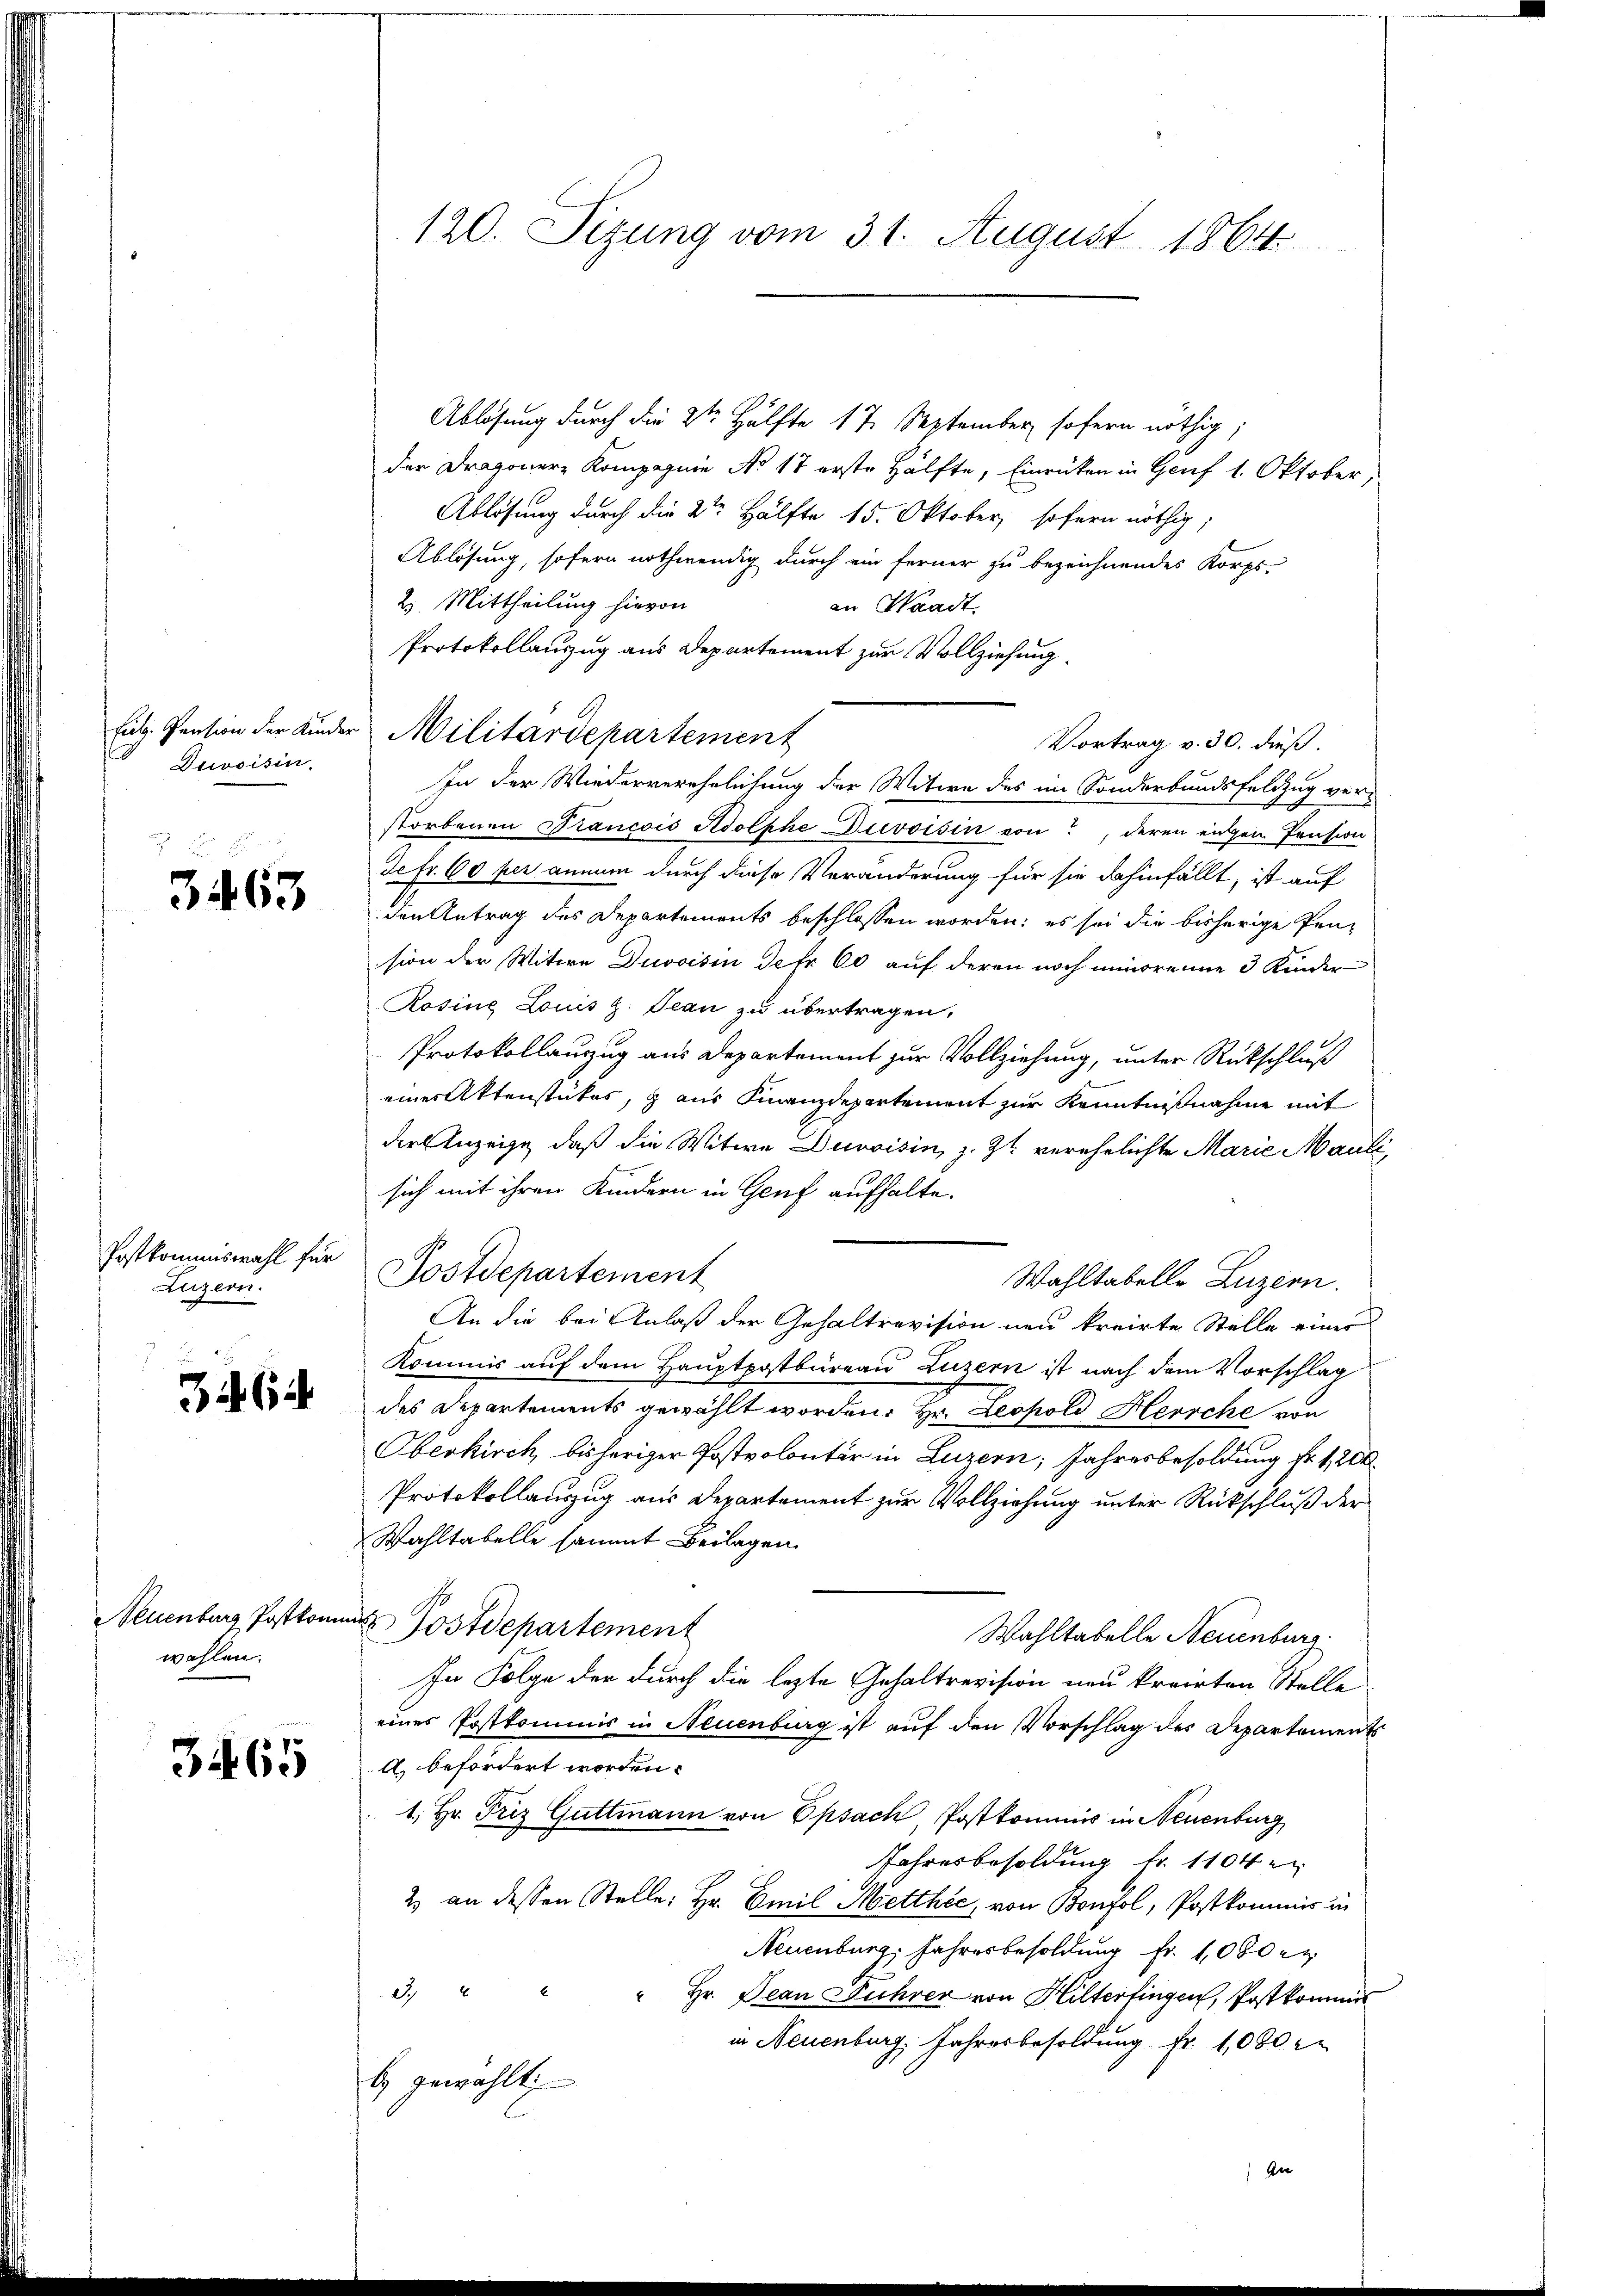
3
Duvoisin,

3463

Postkommiswahl für
Luzern.

3462.

Neuenburg Postkom
wahlen.

365

120. Sizung vom 31. August 1864

Ablösung durch die 2te Hälfte 17 September sofern nöthig;
der Dragonere Kompagnie No 17 erste Hälfte, Einrücken in Genf 1. Oktober,
Ablösung durch die 2te Hälfte 15. Oktober, sofern nöthig,
Ablösung, sofern nothwendig durch ein ferner zu bezeichnendes Korps
2. Mittheilung hievon
an Waadt.
Protokollauszug aus Departement zur Vollziehung.
Vortrag v. 30. dieß.
In der Wiederverehelichung der Witwe des im Sonderbundsfeldzug ver-
storbenen Trancois Adolphe Divoisin von deren eingen Pension
Ie Fr. 60 per annum durch diese Veränderung für sie dahinfällt, ist auf
den Antrag des Departements beschlossen worden; es sei die bisherige Pension der Witwe Juvoisin Jefr 60 auf deren noch minorenne 3 Kinder
Rosine Louis z. Jean zu übertragen.
Protokollanzug aus Departement zur Vollziehung, unter Rückschluß
einer Aktenstükes, z aus Finanzdepartement zur Kenntnißnahme mit
der Anzeige, daß die Witwe Duvoisin, z. Zt. verehelichte Marie Mauli
sich mit ihren Kindern in Genf aufhalte.
Postdepartement
Wahltabelle Luzern.
An die bei Anlaß der Gehaltrevision neu kreirte Stelle eines
Kommis auf dem Hauptpostbüreau Luzern ist nach dem Vorschlag
des Departements gewählt worden. Hr. Leopold Hersche von
Oberkirch, bisheriger Postvolontär in Luzern, Jahresbesoldung Nr. 1200
Protokollauszug aus Departement zur Vollziehung unter Rückschluß der
Wahltabelle sammt Beilagen.
nus Postdepartement
Wahltabelle Neuenburg
In Folge der durch die lezte Gehaltrevision neu kreirten Stelle
eines Postkommnis in Neuenburg ist auf den Vorschlag des Departements
A befordert worden.
1. Hr. Friz Guttmann von Epsach, Postkommis in Neuenburg
Jahresbesoldung fr. 1104 e
2 an dessen Stelle: Hr. Emil Metthée, von Bonfol, Postkommis in
Neuenburg, Jahresbesoldung Fr. 1000 rt
3.
" Hr. Dean Führer von Hilterfingen, Postkommis
in Neuenburg, Jahresbesoldung fr. 1,000
b. gewählt;
Ger

füb. Pension der Kinder Militärdepartement